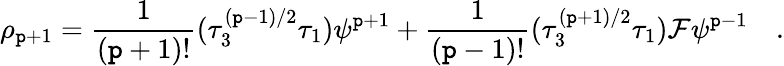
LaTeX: \rho_{\mathtt{p}+1}={\frac{{1}}{{(\mathtt{p}+1)!}}}(\tau_{3}^{(\mathtt{p}-1)/2}\tau_{1})\psi^{\mathtt{p}+1}+{\frac{{1}}{{(\mathtt{p}-1)!}}}(\tau_{3}^{(\mathtt{p}+1)/2}\tau_{1}){\cal{F}}\psi^{\mathtt{p}-1}\quad.